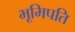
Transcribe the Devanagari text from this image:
भूमिपति